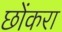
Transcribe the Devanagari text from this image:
छोंकरा